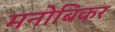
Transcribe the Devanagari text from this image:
मनोबिकर